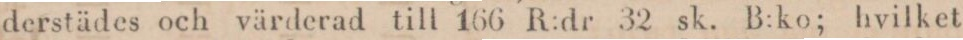
derstädes och värderad till 166 R:dr 32 sk. B:ko; hvilket